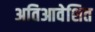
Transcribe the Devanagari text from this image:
अतिआवेशित